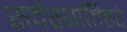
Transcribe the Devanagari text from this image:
सर्वस्यार्तिहरे